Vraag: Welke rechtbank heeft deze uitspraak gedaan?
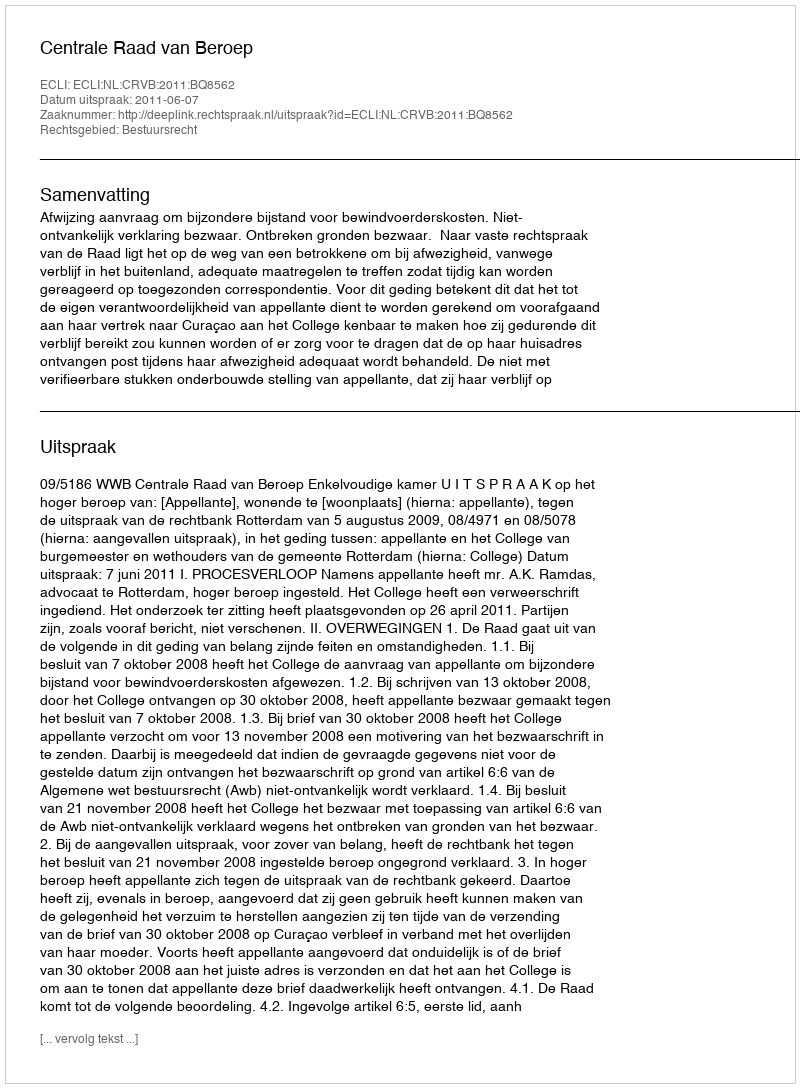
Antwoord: Centrale Raad van Beroep